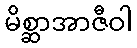
မိစ္ဆာအာဇီဝါ